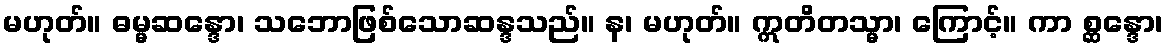
မဟုတ်။ ဓမ္မဆန္ဒော၊ သဘောဖြစ်သောဆန္ဒသည်။ န၊ မဟုတ်။ ဣတိတသ္မာ၊ ကြောင့်။ ကာ စ္ဆန္ဒော၊